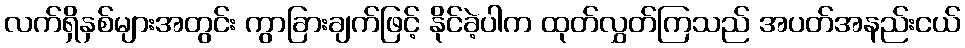
လက်ရှိနှစ်များအတွင်း ကွာခြားချက်ဖြင့် နိုင်ခဲ့ပါက ထုတ်လွှတ်ကြသည် အပတ်အနည်းငယ်